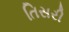
તિસરી